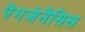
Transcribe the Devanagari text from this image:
पेंगजेनैसिस